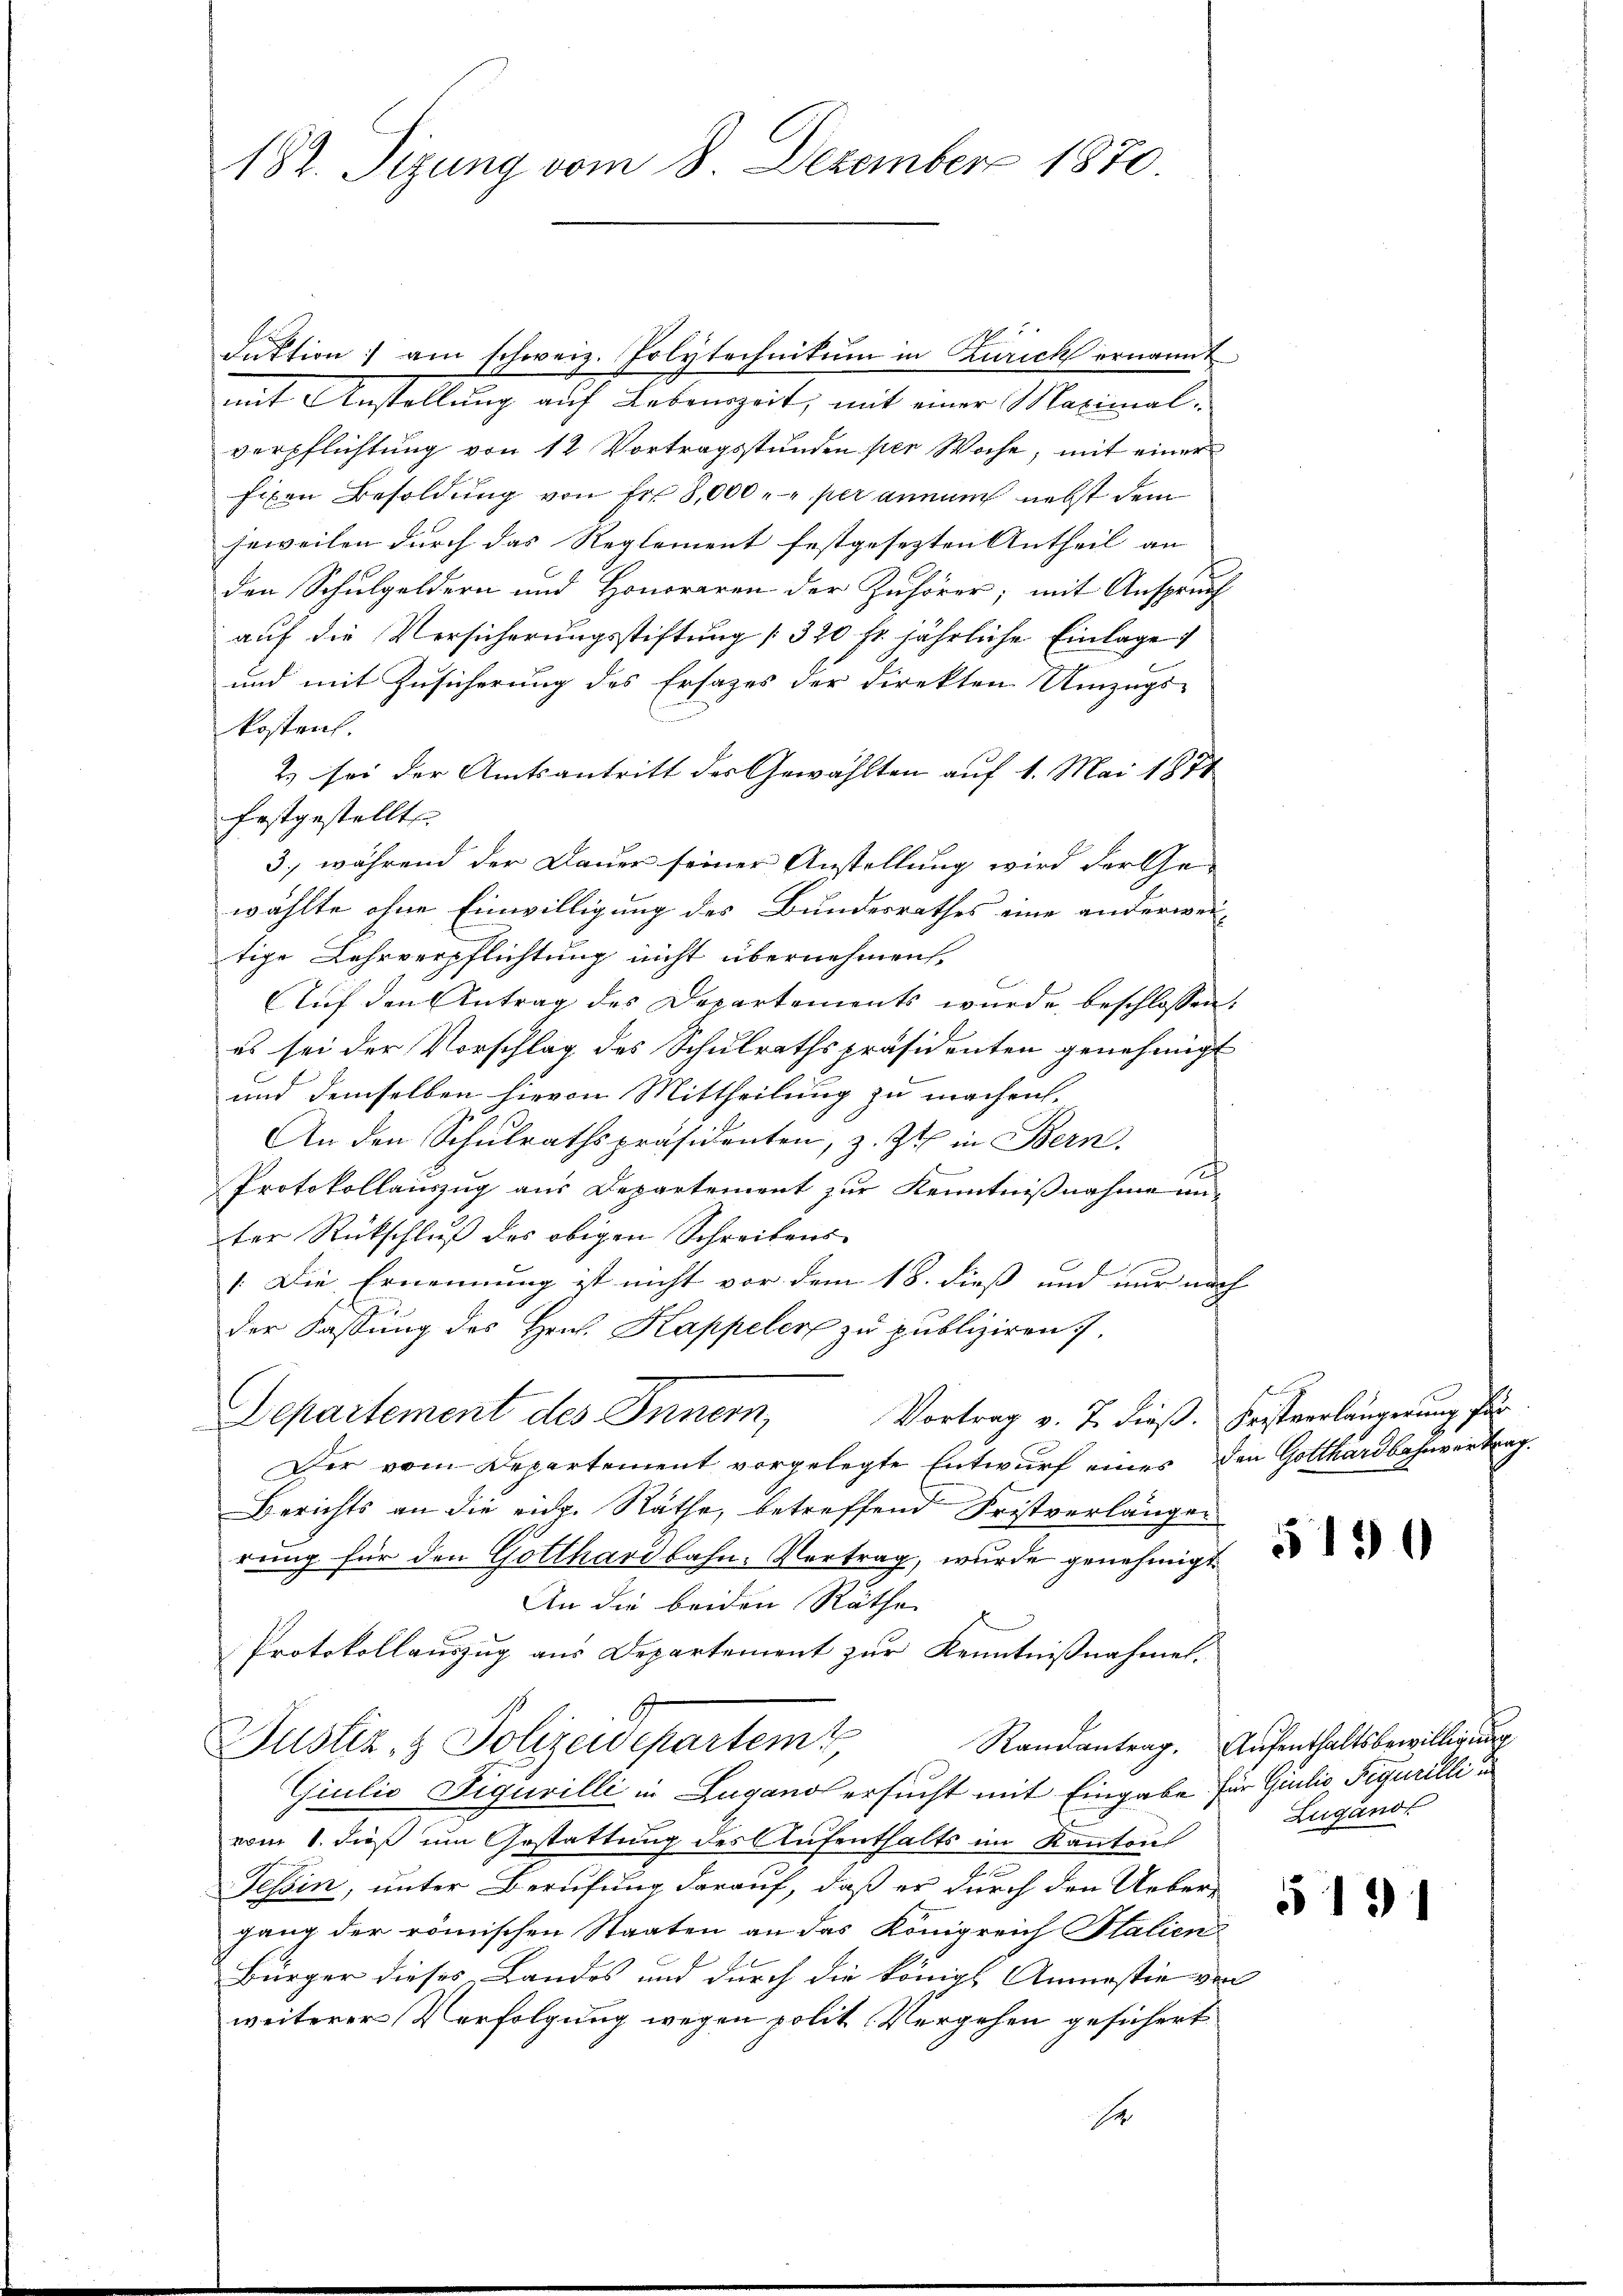
182. Sizung vom 8. Dezember 1870.

duktion von schweiz. Polytechnikum in Zürich ernannt
mit Anstellung auf Lebenszeit; mit einer Maximalverpflichtung von 12 Vortragsstunden per Woche, mit einer
fixen Besoldung von fr 8,000. per annum nebst dem
jeweilen durch das Reglement festgesezten Antheil an |
den Schulgeldern und Honoraren der Zuhörer; mit Anspruch
auf die Versicherungsstiftung [320 fr. jährliche Einlage
und mit Zusicherung des Ersatzes der Direkten Umzugs-
kosten.
2) sei der Amtsantritt der Gewählten auf 1. Mai 1871
festgestellt
3., während der Dauer seiner Anstellung wird der Ge-
wählte ohne Einwilligung des Bundesrathes eine anderweitige Lehrverpflichtung nicht übernehmen,
B
Auf den Antrag des Departements wurde beschlossen:
es sei der Vorschlag des Schulrathspräsidenten genehmigt
und demselben hievon Mittheilung zu machen.
An den Schŭlrathspräsidenten, z. Zt. in Bern.
S
Protokollauszug aus Departement zur Kenntnißnahme unter Rückschluß des obigen Schreibens¬
.Die Ernennung ist nicht vor dem 18. dieß und nur nach
der Fassung des Hrn. Kappelere zu publiziren.
Vortrag v. 7. dieß. Fristverlängerung für
Departement des Innern,
Der vom Departement vorgelegte Entwurf eines den Gotthardbahnvertrag
Berichts an die rich. Räthe, betreffend Fristverlänger
rung für den Gotthardbahn. Vertrag, wurde genehmigt
An die beiden Räthe
Protokollauszug aus Departement zur Kenntnißnahmen.
s
Randantrag. Aufenthaltsbewilligung
Justiz & Polizeidepartemt,
Giulio Figurilli in Lugano ersucht mit Eingabe für Giulio Figurilli in
vom 1. dieß um Gestattung des Aufenthalts im Kanton
Tessin, unter Berufung darauf, daß er durch den Ueber-
gang der römischen Staaten an das Königreich Italien
Bürger dieses Landes und durch die königl. Anmastie von
weiterer Verfolgung wegen polit. Vergehen gesichert
r

5190

Lugand

5191